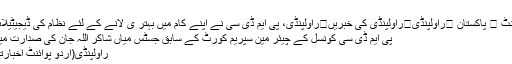
راولپنڈی
اُردو پوائنٹ ⬅ پاکستان ⬅راولپنڈی⬅راولپنڈی کی خبریں⬅راولپنڈی، پی ایم ڈی سی نے اپنے کام میں بہتر ی لانے کے لئے نظام کی ڈیجیٹیلائیزیشن ..
پی ایم ڈی سی کونسل کے چیئر مین سپریم کورٹ کے سابق جسٹس میاں شاکر اللہ جان کی صدارت میں اجلاس
راولپنڈی(اُردو پوائنٹ اخبارتازہ ترین۔